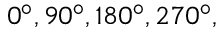
0 ^ { \circ } , 9 0 ^ { \circ } , 1 8 0 ^ { \circ } , 2 7 0 ^ { \circ } ,